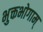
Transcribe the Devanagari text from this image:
भुक्तभोगाम्‌